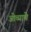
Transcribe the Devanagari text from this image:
ओव्याचे